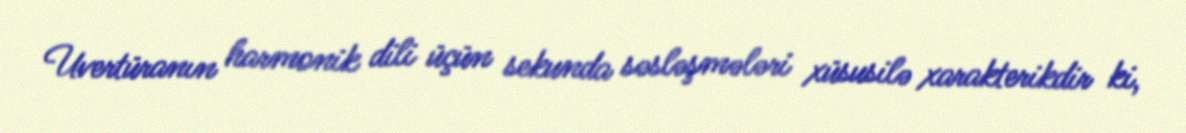
Uvertüranın harmonik dili üçün sekunda səsləşmələri xüsusilə xarakterikdir ki,